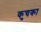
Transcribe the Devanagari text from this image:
कुचका